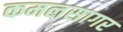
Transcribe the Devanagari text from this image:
कमलसागर